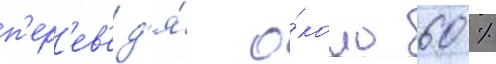
п'ер'ев'ед'я́ о́коло 60 %